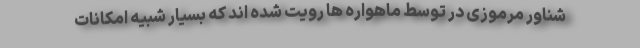
شناور مرموزی در توسط ماهواره ها رویت شده اند که بسیار شبیه امکانات